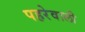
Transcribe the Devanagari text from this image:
पहरेवाली